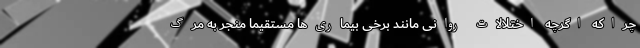
چراکه اگرچه اختلالات روانی مانند برخی بیماری‌ها مستقیما منجر به مرگ